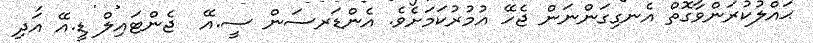
ޙައްލުކުރަންވާގޮތް އެނގިގަންނަން ޖެހޭ އުމުރުކަމަށެވެ. އެންޑަރސަން ސީ.އޭ  ޖެންޓައިލް ޑީ.އޭ އަދި